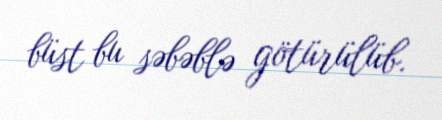
büst bu səbəblə götürülüb.